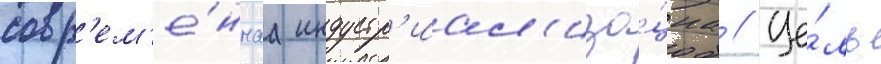
совр'ем'е́ннаа индустр'иал'иза́циа // Це́ль